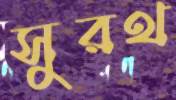
সুরথ